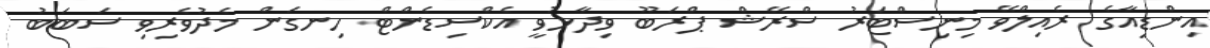
އިންޑިއާގެ ރެއިލްވޭ މިނިސްޓަރު ސްރޭޝް ޕްރަބޫ ވިދާޅުވީ އެކްސިޑެންޓް ހިނގަން މެދުވެރިވި ސަބަބު